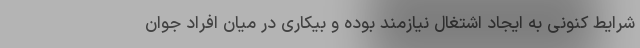
شرایط کنونی به ایجاد اشتغال نیازمند بوده و بیکاری در میان افراد جوان